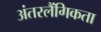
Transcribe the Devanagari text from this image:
अंतरलैंगिकता